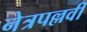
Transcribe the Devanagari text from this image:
नेत्रपल्लवी